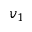
v _ { 1 }